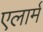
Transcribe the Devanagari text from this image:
एलार्म